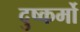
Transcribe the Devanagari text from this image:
दुष्कर्मो